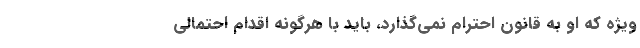
ویژه که او به قانون احترام نمی‌گذارد، باید با هرگونه اقدام احتمالی